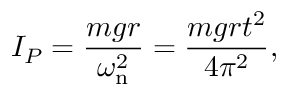
I _ { P } = { \frac { m g r } { \omega _ { \mathrm { n } } ^ { 2 } } } = { \frac { m g r t ^ { 2 } } { 4 \pi ^ { 2 } } } ,